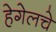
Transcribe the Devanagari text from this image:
हेगेलचे